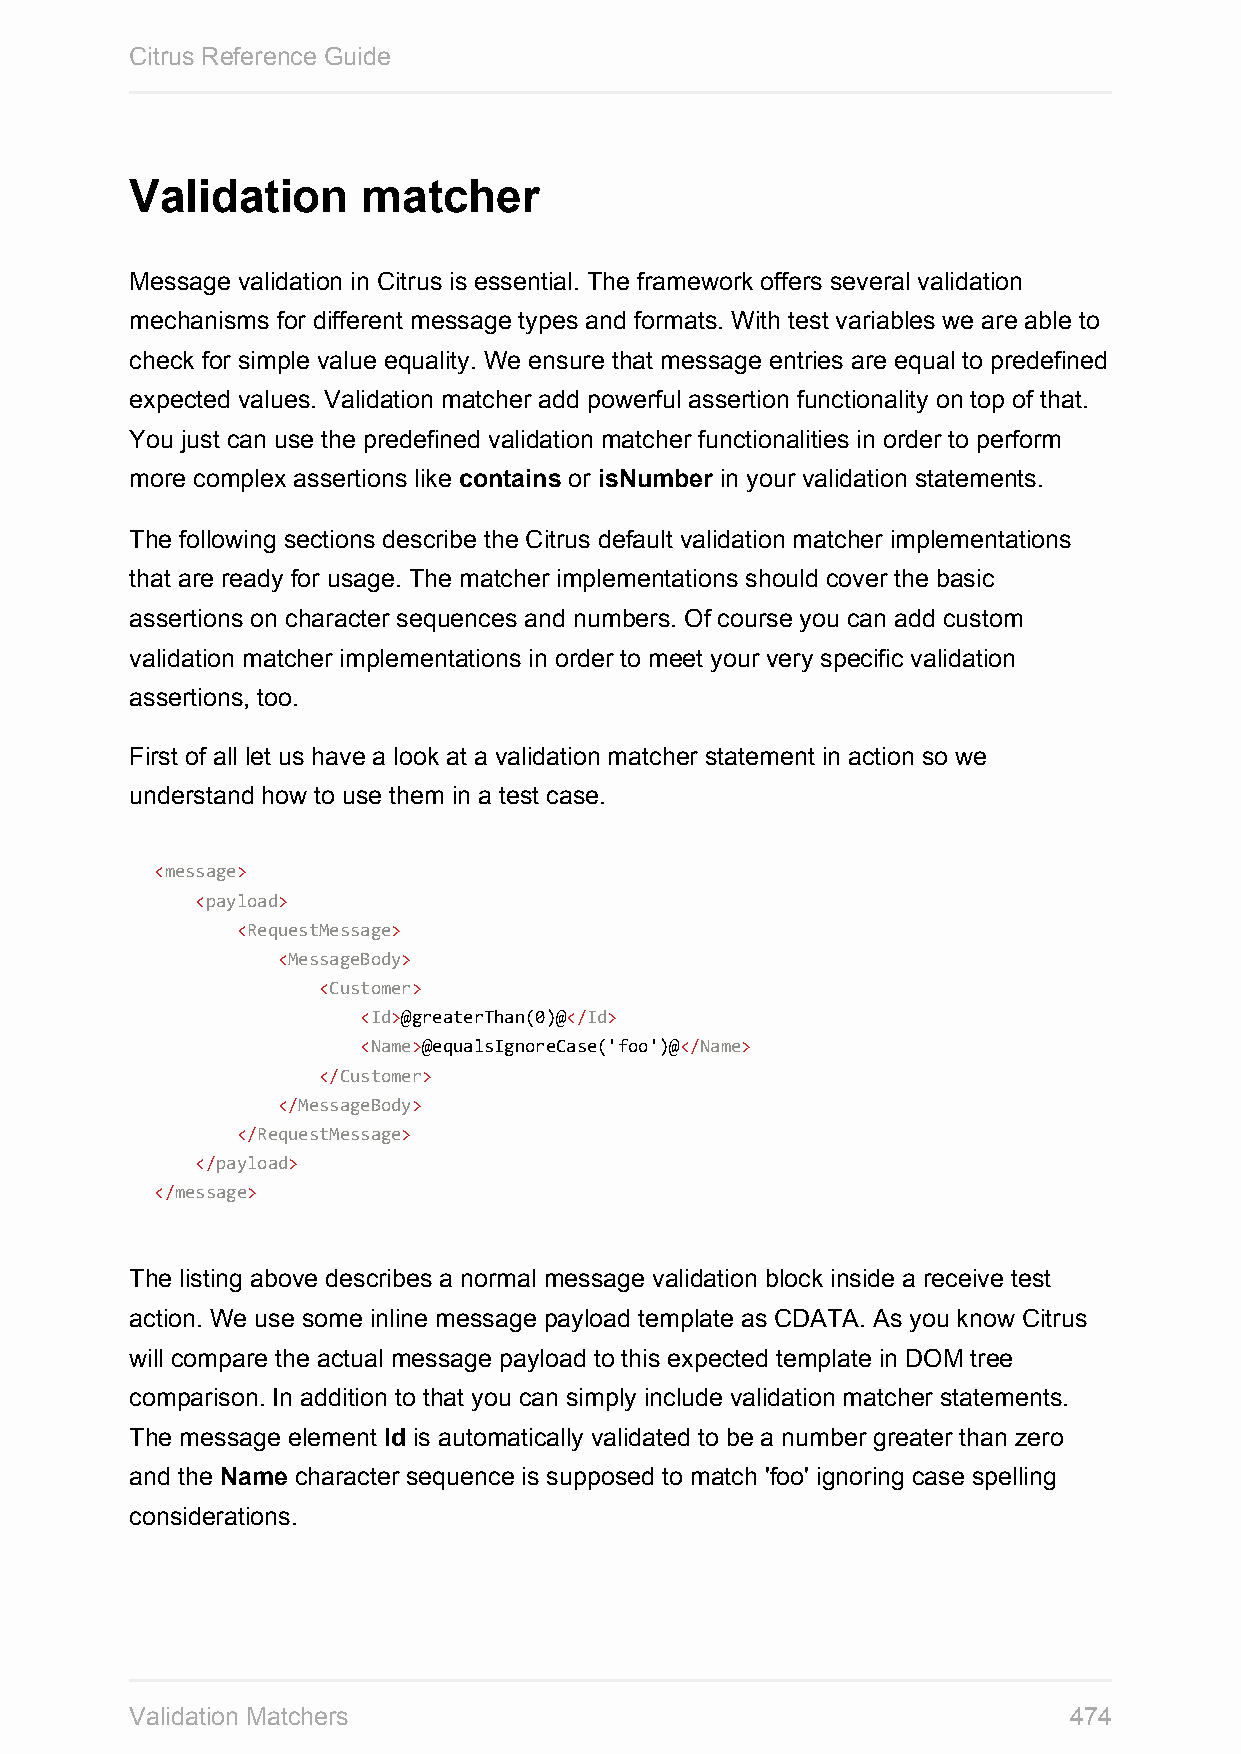
Citrus Reference Guide
 Validation     matcher
 Message validation in Citrus is essential. The framework offers several validation
 mechanisms for different message types and formats. With test variables we are able to
 check for simple value equality. We ensure that message entries are equal to predefined
 expected values. Validation matcher add powerful assertion functionality on top of that.
 You just can use the predefined validation matcher functionalities in order to perform
 more complex assertions like contains or isNumber in your validation statements.
 The following sections describe the Citrus default validation matcher implementations
 that are ready for usage. The matcher implementations should cover the basic
 assertions on character sequences and numbers. Of course you can add custom
 validation matcher implementations in order to meet your very specific validation
 assertions, too.
 First of all let us have a look at a validation matcher statement in action so we
 understand how to use them in a test case.
 <message>
 <payload>
 <RequestMessage>
 <MessageBody>
 <Customer>
 <Id>@greaterThan(0)@</Id>
 <Name>@equalsIgnoreCase('foo')@</Name>
 </Customer>
 </MessageBody>
 </RequestMessage>
 </payload>
 </message>
 The listing above describes a normal message validation block inside a receive test
 action. We use some inline message payload template as CDATA. As you know Citrus
 will compare the actual message payload to this expected template in DOM tree
 comparison. In addition to that you can simply include validation matcher statements.
 The message element Id is automatically validated to be a number greater than zero
 and the Name character sequence is supposed to match 'foo' ignoring case spelling
 considerations.
 Validation Matchers                                           474